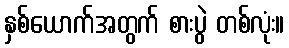
နှစ်ယောက်အတွက် စားပွဲ တစ်လုံး။